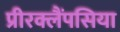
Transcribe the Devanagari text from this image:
प्रीरक्लैंपसिया